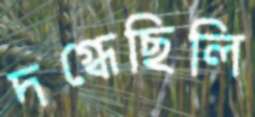
দগ্ধেছিলি